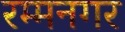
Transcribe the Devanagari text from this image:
रम्मनगर